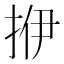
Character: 𰓡